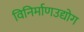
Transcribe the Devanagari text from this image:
विनिर्माणउद्योग